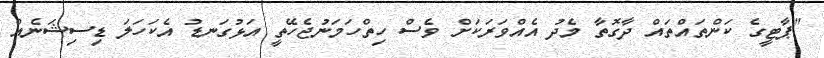
"ޕާޓީގެ ކަންތައްތައް ދާގޮތާ މެދު އެއްވަރަކަށް ވެސް ހިތްހަމަނުޖެހޭތީ އަޅުގަނޑު އެކަހަލަ ޑިސިޝަނެއް